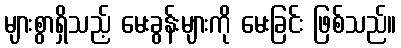
များစွာရှိသည့် မေးခွန်းများကို မေးခြင်း ဖြစ်သည်။